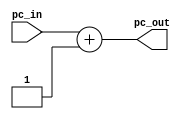
`timescale 1ns / 1ps
//////////////////////////////////////////////////////////////////////////////////
// Company: 
// Engineer: 
// 
// Design Name: 
// Module Name:    pcplusfour 
// Project Name: 
// Target Devices: 
// Tool versions: 
// Description: 
//
// Dependencies: 
//
// Revision: 
// Revision 0.01 - File Created
// Additional Comments: 
//
//////////////////////////////////////////////////////////////////////////////////
module pcplusfour(pc_in, pc_out);
  input wire [31:0] pc_in; 
  output wire [31:0] pc_out;
  
  assign pc_out[31:0] = pc_in[31:0] + 1'b1;
  
endmodule